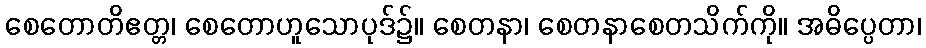
စေတောတိဧတ္တ၊ စေတောဟူသောပုဒ်၌။ စေတနာ၊ စေတနာစေတသိက်ကို။ အဓိပ္ပေတာ၊